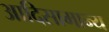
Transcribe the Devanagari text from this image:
आदिसामान्य